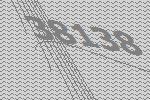
38138